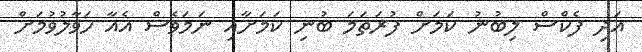
އަދި ފެކްސް ލިބުނު ކަމަށް ފުރަތަމަ ބުނި ކަމަށާއި ނަމަވެސް އެއާ ހަވާލުވުމަށް